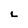
Character: L